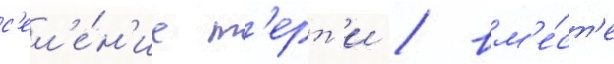
с'ел'е́н'ие т'ерт'и / вм'е́ст'е